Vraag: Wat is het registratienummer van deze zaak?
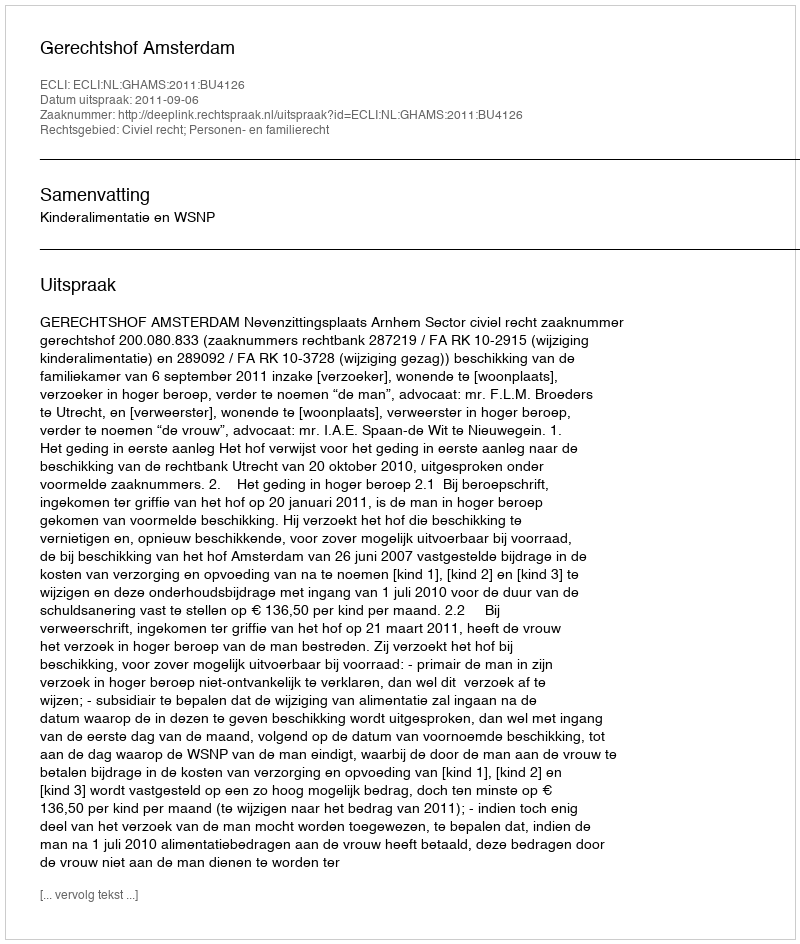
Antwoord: http://deeplink.rechtspraak.nl/uitspraak?id=ECLI:NL:GHAMS:2011:BU4126